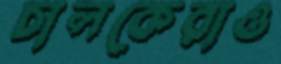
চালকেরাও